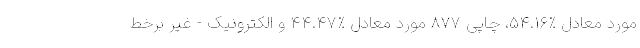
مورد معادل %۵۴.۱۶، چاپی ۸۷۷ مورد معادل %۴۴.۴۷ و الکترونیک - غیر برخط